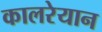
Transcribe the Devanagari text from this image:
कालरेयान